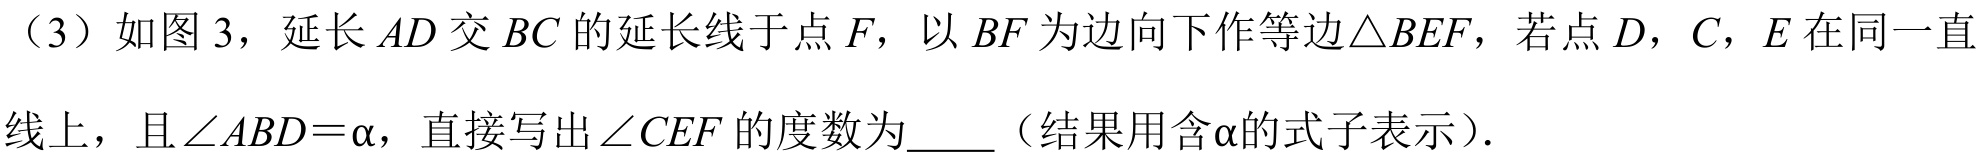
（3）如图 3，延长 \(AD\) 交 \(BC\) 的延长线于点 \(F\)，以 \(BF\) 为边向下作等边\(\triangle BEF\)，若点 \(D\)，\(C\)，\(E\) 在同一直
线上，且\(\angle ABD = \alpha\)，直接写出\(\angle CEF\)的度数为  （结果用含\(\alpha\)的式子表示）.